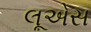
લૂએસ